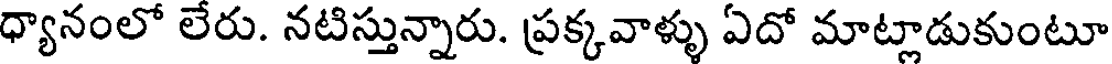
ధ్యానంలో లేరు. నటిస్తున్నారు. ప్రక్కవాళ్ళు ఏదో మాట్లాడుకుంటూ